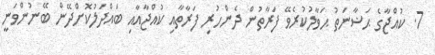
7. ކުއްޖާގެ ޙަޟާނަތު ޙަވާލުކުރެވޭ ފަރާތުން ދެންހުރި ފަރާތާއި ކުއްޖާއާއި ބައްދަލުކޮށްދޭން ބޭނުންވަނީ